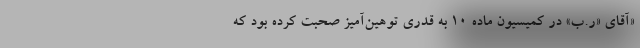
«آقای «ر.ب» در کمیسیون ماده ۱۰ به قدری توهین‌آمیز صحبت کرده بود که